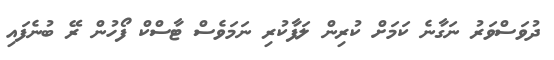
ދުވަސްވަރު ނަގާނެ ކަމަށް ކުރިން ލަފާކުރި ނަމަވެސް ޓާސްކް ފޯހުން ރޭ ބުނެފައި